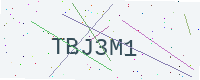
Text: TBJ3M1